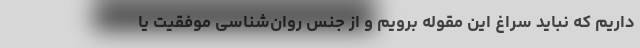
داریم که نباید سراغ این مقوله برویم و از جنس روان‌شناسی موفقیت یا